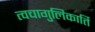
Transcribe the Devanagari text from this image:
त्वचागुलिकार्ति